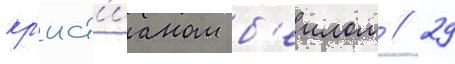
кр'ист'ианом б'еилом // 29